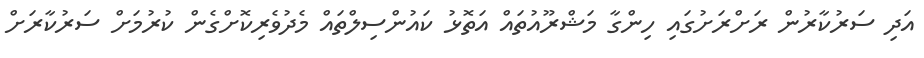
އަދި ސަރުކާރުން ރަށްރަށުގައި ހިންގާ މަޝްރޫއުތައް އަތޮޅު ކައުންސިލްތައް މެދުވެރިކޮށްގެން ކުރުމަށް ސަރުކާރަށް